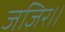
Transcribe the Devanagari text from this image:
जज्ञिर।।